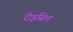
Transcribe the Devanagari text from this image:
रोइसिन